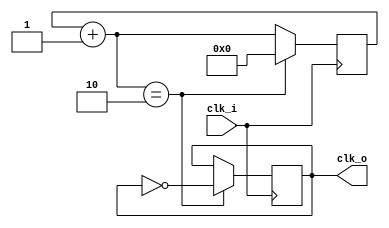
module clockdiv(
	input clk_i,
	output clk_o
	);
	
	parameter div = 2;
	
	reg r_clk_o;
	reg [31:0] count;
	
	initial begin
		r_clk_o = 0;
		count = 0;
	end
	
	always @(posedge clk_i) begin
		count = count + 1;
		if(count == div) begin
			count = 0;
			r_clk_o = ~r_clk_o;
		end
	end
	
	assign clk_o = r_clk_o;
	
endmodule